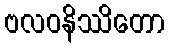
ဗလဝနိဿိတော